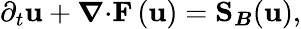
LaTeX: \partial_{t}\mathbf{u}+\boldsymbol{\nabla}{\cdot}\mathbf{F}\left(\mathbf{u}\right)=\mathbf{S}_{\boldsymbol{B}}(\mathbf{u}),